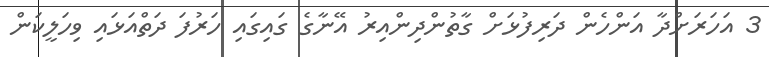
3 އަހަރަށްދާ އަންހެން ދަރިފުޅަށް ގާތުންދިންއިރު އޭނާގެ ގައިގައި ހަރުފަ ދަތްއަޅައި ވިހަލީކަން